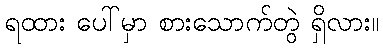
ရထား ပေါ်မှာ စားသောက်တွဲ ရှိလား။